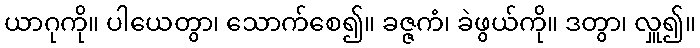
ယာဂုကို။ ပါယေတွာ၊ သောက်စေ၍။ ခဇ္ဇကံ၊ ခဲဖွယ်ကို။ ဒတွာ၊ လှူ၍။